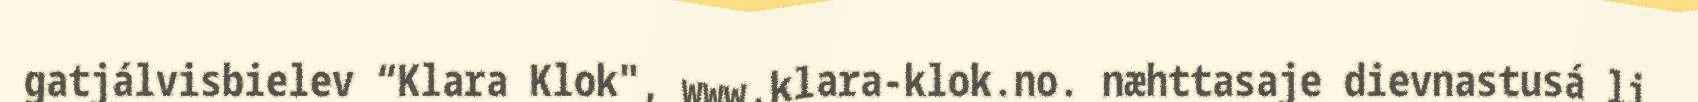
gatjálvisbielev “Klara Klok", www.klara-klok.no. næhttasaje dievnastusá li